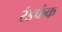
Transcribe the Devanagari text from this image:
रंडफंक